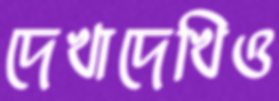
দেখাদেখিও